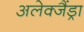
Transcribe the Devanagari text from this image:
अलेक्जैंड्रा